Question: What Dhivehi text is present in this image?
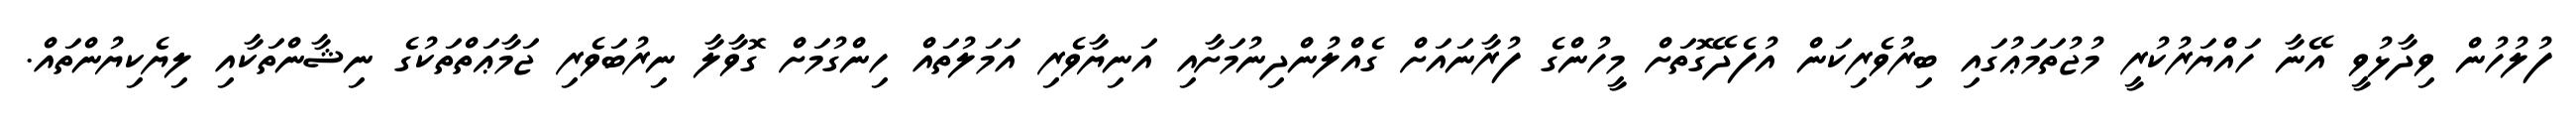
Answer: ފުލުހުން ވިދާޅުވީ އޭނާ ހައްޔަރުކުރީ މުޖުތަމަޢުގައި ބިރުވެރިކަން އުފެދޭގޮތަށް މީހުންގެ ފުރާނައަށް ގެއްލުންދިނުމަށާއި އަނިޔާވެރި އަމަލުތައް ހިންގުމަށް ގޮވާލާ ނިރުބަވެރި ޖަމާޢަތްތަކުގެ ނިޝާންތަކާއި ލިޔެކިޔުންތައް.